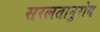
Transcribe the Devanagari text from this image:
सरलतानुरोध